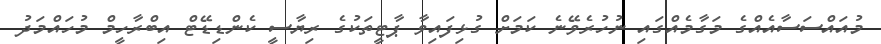
މުއައްސަސާއެއްގެ މަގާމެއްގައި ނުހުރެވޭނެ ކަމަށް ގުޅިފައިވާ ޕާޓީތަކުގެ ރިޔާސީ ކެންޑިޑޭޓް އިބްރާހީމް މުހައްމަދު